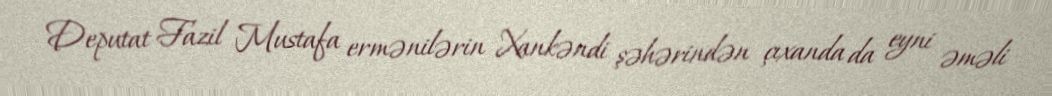
Deputat Fazil Mustafa ermənilərin Xankəndi şəhərindən çıxanda da eyni əməli